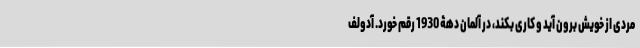
مردی از خویش برون آید و کاری بکند، در آلمان دهۀ 1930 رقم خورد. آدولف